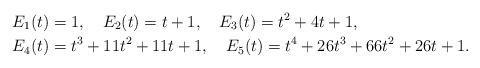
LaTeX: \begin{align*} &E_1(t) = 1, \ \ \ E_2(t) = t+1, \ \ \ E_3(t) = t^2 + 4t + 1, \\&E_4(t) = t^3 + 11t^2+ 11t+ 1, \ \ \ E_5(t) = t^4+26 t^3 + 66 t^2 + 26t+1. \end{align*}